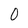
Character: 0